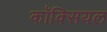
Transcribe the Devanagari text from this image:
कॉक्सियल